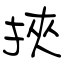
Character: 挾